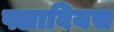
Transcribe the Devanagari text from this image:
फ्लावियस